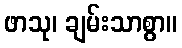
ဖာသု၊ ချမ်းသာစွာ။